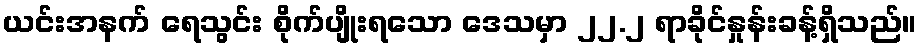
ယင်းအနက် ရေသွင်း စိုက်ပျိုးရသော ဒေသမှာ ၂၂.၂ ရာခိုင်နှုန်းခန့်ရှိသည်။